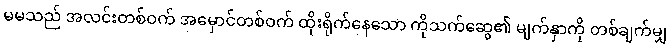
မမသည် အလင်းတစ်ဝက် အမှောင်တစ်ဝက် ထိုးရိုက်နေသော ကိုသက်ဆွေ၏ မျက်နှာကို တစ်ချက်မျှ